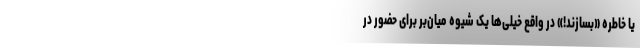
یا خاطره «بسازند!» در واقع خیلی‌ها یک شیوه میان‌بُر برای حضور در